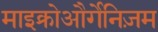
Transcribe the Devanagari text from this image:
माइक्रोऔर्गेनिज़म